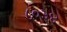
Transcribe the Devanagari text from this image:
८०३४